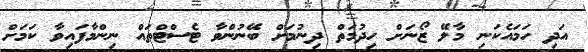
އަދި ހަމައެކަނި މާލޭ ޒޯނަށް ހިދުމަތް ދިނުމަށް ބޭނުންވާ ޓެސްޓްތައް ނިންމާފައިވާ ކަމަށް